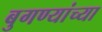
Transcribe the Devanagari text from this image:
बुगण्यांच्या